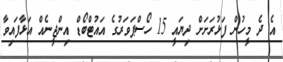
އެ ދެ މީހުން ފަޅުރަށަށް ދިޔައީ 15 ހޯސްޕަވަރުގެ އައުޓްބޯޑް އިންޖީނެއް އަޅާފައިވާ